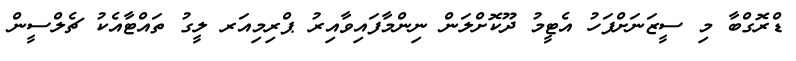
ޑްރޮގްބާ މި ސީޒަނަށްފަހު އެޓީމު ދޫކޮށްލަން ނިންމާފައިވާއިރު ޕްރިމިއަރ ލީގު ތައްޓާއެކު ޗެލްސީން